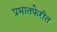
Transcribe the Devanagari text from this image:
प्रभातफेरीत